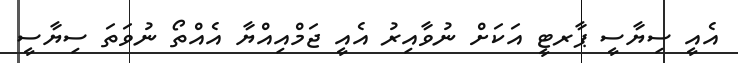
އެއީ ސިޔާސީ ޕާރޓީ އަކަށް ނުވާއިރު އެއީ ޖަމްއިއްޔާ އެއްތޯ ނުވަތަ ސިޔާސީ